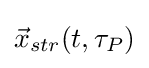
{\vec {x}}_{str}(t,\tau _{P})